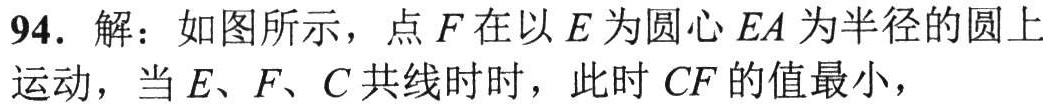
94. 解：如图所示，点\(F\)在以\(E\)为圆心\(EA\)为半径的圆上运动，当\(E\)、\(F\)、\(C\)共线时时，此时\(CF\)的值最小，